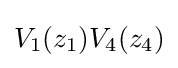
V_{1}(z_{1})V_{4}(z_{4})